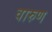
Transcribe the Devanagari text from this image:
वारुण